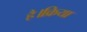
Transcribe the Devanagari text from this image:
है।क्रिया